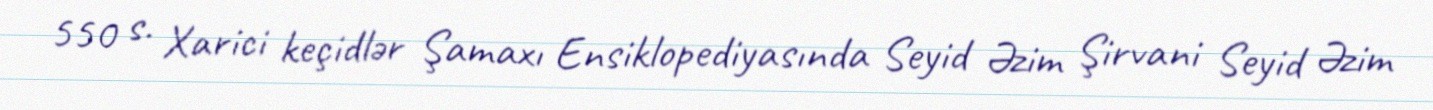
550 s. Xarici keçidlər Şamaxı Ensiklopediyasında Seyid Əzim Şirvani Seyid Əzim